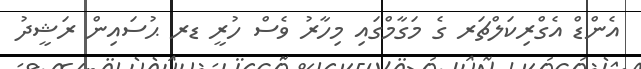
އެންޑް އެގްރިކަލްޗަރ ގެ މަގާމްގައި މިހާރު ވެސް ހުރީ ޑރ ޙުސައިން ރަޝީދު